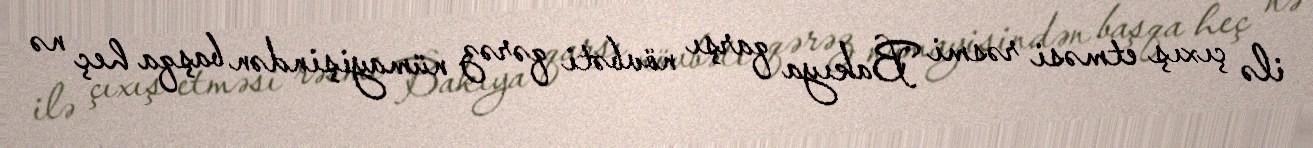
ilə çıxış etməsi rəsmi Bakıya qarşı növbəti qərəz nümayişindən başqa heç nə